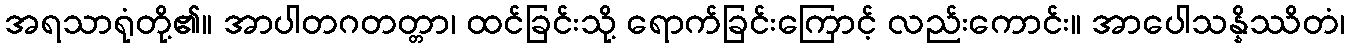
အရသာရုံတို့၏။ အာပါတဂတတ္တာ၊ ထင်ခြင်းသို့ ရောက်ခြင်းကြောင့် လည်းကောင်း။ အာပေါသန္နိဿိတံ၊